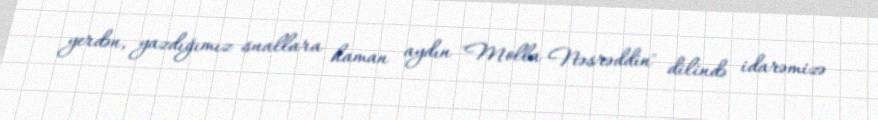
yerdən, yazdığımız suallara haman aydın "Molla Nəsrəddin" dilində idarəmizə